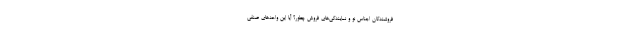
فروشندگان اجناس نو و نمایندگی‌های فروش چطور؟ آیا این واحدهای صنفی